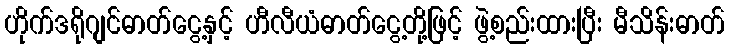
ဟိုက်ဒရိုဂျင်ဓာတ်ငွေ့နှင့် ဟီလီယံဓာတ်ငွေ့တို့ဖြင့် ဖွဲ့စည်းထားပြီး မီသိန်းဓာတ်